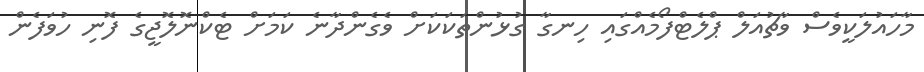
މާހައުލަކީވެސް ވާޗުއަލް ޕްލެޓްފޯމެއްގައި ހިނގާ ގުޅުންތަކަކަށް ވެގެންދާނެ ކަމަށް ޓެކްނޮލޮޖީގެ ފޮނި ހުވަފެން